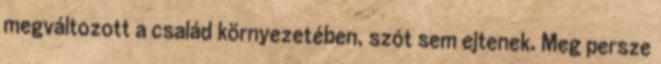
megváltozott a család környezetében, szót sem ejtenek. Meg persze